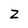
Character: z